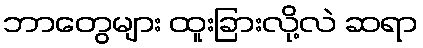
ဘာတွေများ ထူးခြားလို့လဲ ဆရာ